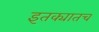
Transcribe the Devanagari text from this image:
इतक्यातच